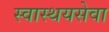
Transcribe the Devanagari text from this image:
स्वास्थयसेवा